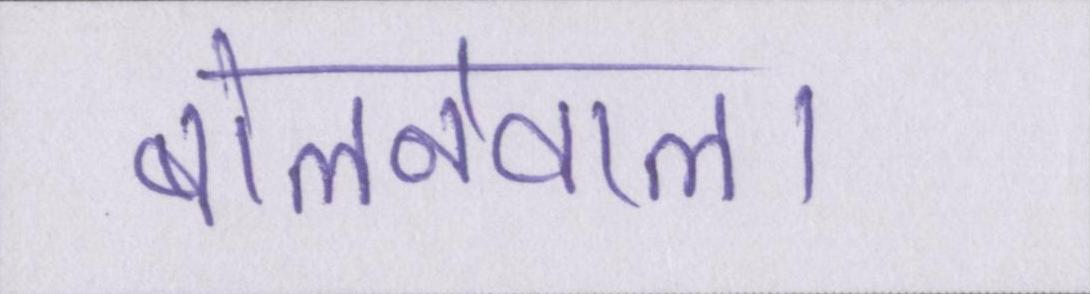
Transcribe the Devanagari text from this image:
बोलनेवाला